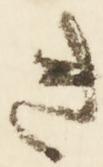
き